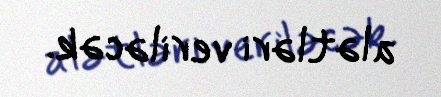
alətləri veriləcək.